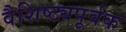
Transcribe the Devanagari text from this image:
वैशिष्ट्यपूर्वक